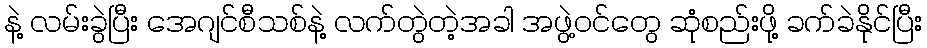
နဲ့ လမ်းခွဲပြီး အေဂျင်စီသစ်နဲ့ လက်တွဲတဲ့အခါ အဖွဲ့ဝင်တွေ ဆုံစည်းဖို့ ခက်ခဲနိုင်ပြီး